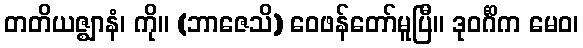
တတိယဇ္ဈာနံ၊ ကို။ (ဘာဇေသိ) ဝေဖန်တော်မူပြီ။ ဒုဝင်္ဂိက မေဝ၊